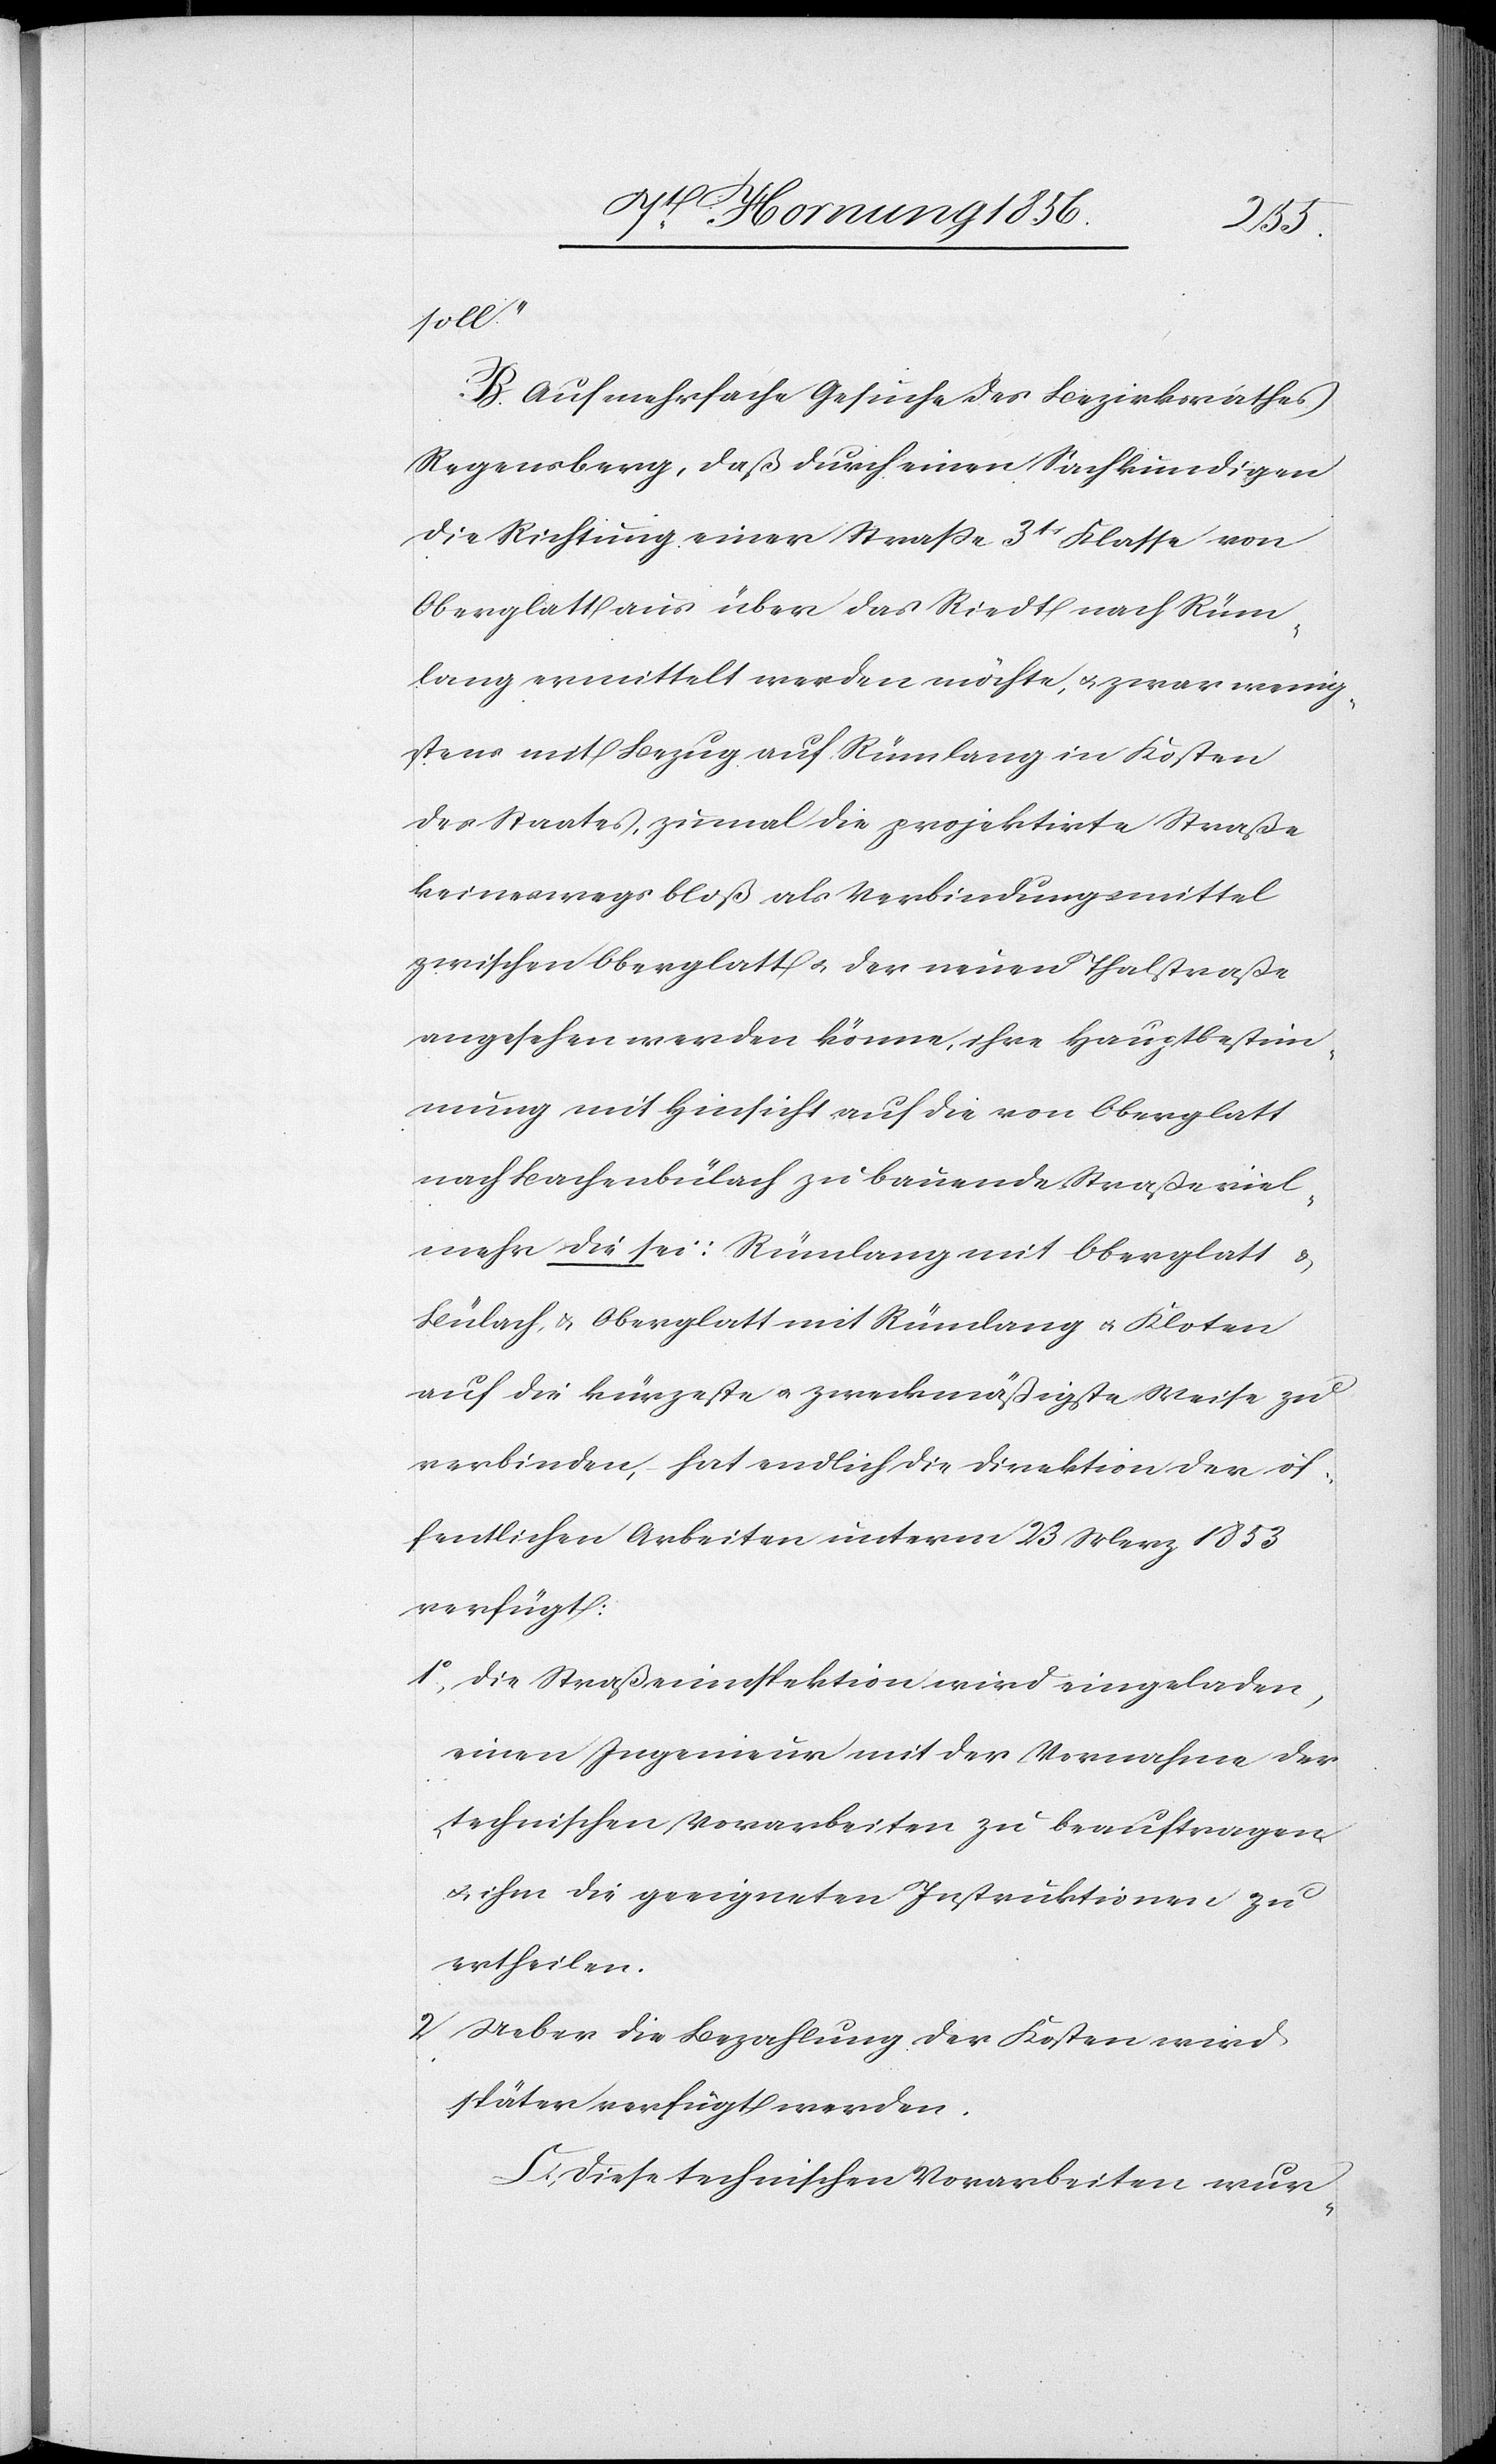
soll.“
B. Auf mehrfache Gesuche des Bezirksrathes
Regensberg, daß durch einen Sachkundigen
die Richtung einer Straße 3tr Klasse von
Oberglatt aus über das Riedt nach Rüm¬
lang ermittelt werden möchte, u. zwar wenig¬
stens mit Bezug auf Rümlang in Kosten
des Staates, zumal die projektirte Straße
keineswegs bloß als Verbindungsmittel
zwischen Oberglatt u. der neuen Thalstraße
angesehen werden könne, ihre Hauptbestim¬
mung mit Hinsicht auf die von Oberglatt
nach Bachenbülach zu bauende Straße viel¬
mehr die sei: Rümlang mit Oberglatt
Bülach, & Oberglatt mit Rümlang u. Kloten
auf die kürzeste u. zweckmäßigste Weise zu
verbinden, hat endlich die Direktion der öf¬
fentlichen Arbeiten unterm 23 Merz 1853
verfügt:
1o, Die Straßeninspektion wird eingeladen,
einen Ingenieur mit der Vornahme der
technischen Vorarbeiten zu beauftragen
u. ihm die geeigneten Instruktionen zu
ertheilen.
2 Ueber die Bezahlung der Kosten wird
später verfügt werden.
C. Diese technischen Vorarbeiten wur-